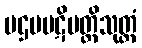
ပဌမပဋိပတ္တိသုတ္တံ